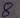
Text: 8